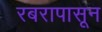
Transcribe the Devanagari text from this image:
रबरापासून